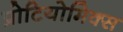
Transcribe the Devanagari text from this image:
प्रोटियोमिक्स